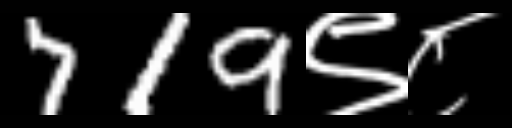
Text: 719९८